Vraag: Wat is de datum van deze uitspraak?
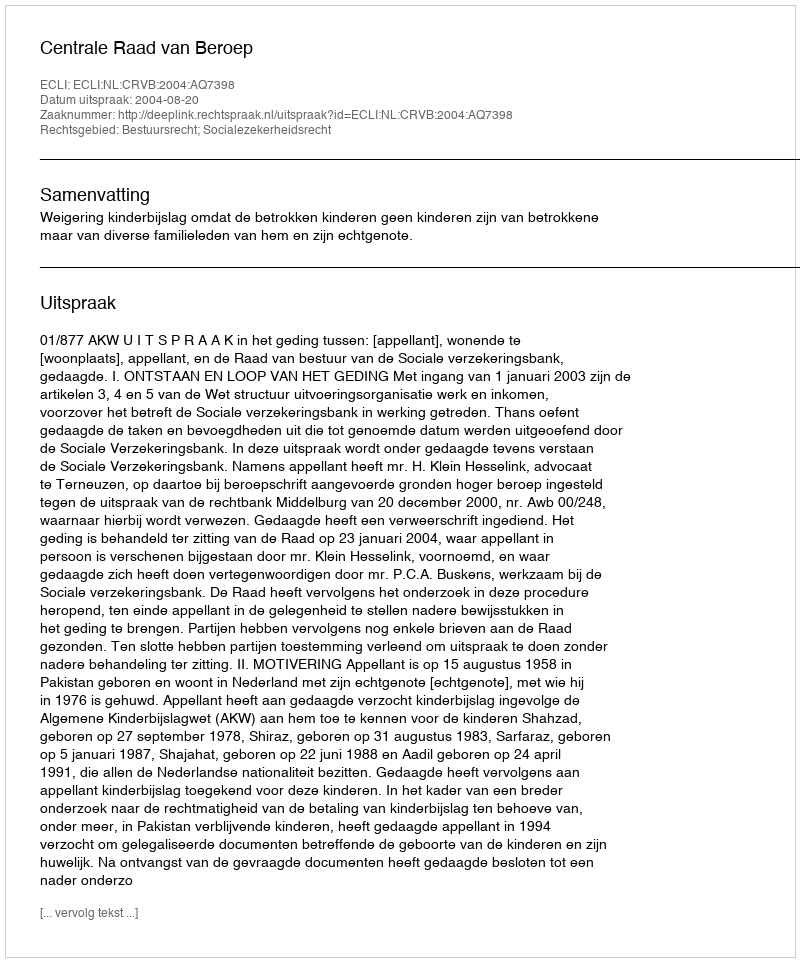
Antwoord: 2004-08-20